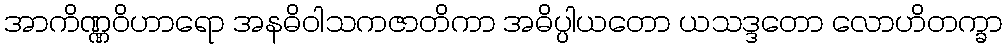
အာကိဏ္ဏဝိဟာရော အနဓိဝါသကဇာတိကာ အဓိပ္ပါယတော ယသဒ္ဒတော လောဟိတက္ခာ